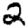
Digit: 2